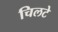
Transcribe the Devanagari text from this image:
चिलटे